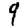
Digit: 9